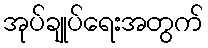
အုပ်ချုပ်ရေးအတွက်